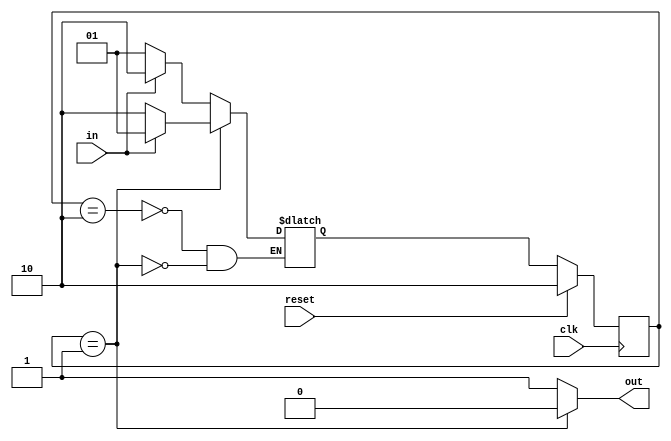
`timescale 1ns / 1ps
//////////////////////////////////////////////////////////////////////////////////
// Company: 
// Engineer: 
// 
// Design Name: 
// Module Name: fsm2_2
// Project Name: 
// Target Devices: 
// Tool Versions: 
// Description: 
// 
// Dependencies: 
// 
// Revision:
// Revision 0.01 - File Created
// Additional Comments:
// 
//////////////////////////////////////////////////////////////////////////////////



module fsm2_2(clk, reset, in, out);
    input  clk  ;
    input  reset;    // Synchronous reset to state B
    input  in   ;
    output out  ;//  
    reg    out  ;

    // Fill in state name declarations
    parameter A = 2'b01;
    parameter B = 2'b10;


    reg [1:0] present_state, next_state;
    
//
    always @(posedge clk) begin
        if (reset) begin  
            // Fill in reset logic
            present_state <= B;
        end 
        else begin
            present_state <= next_state;
        end
    end
//
        always @ (*)begin
            case(present_state)
                B:begin
                    if(in == 0)
                        next_state = A;
                    else
                        next_state = B;
                end
                A:begin
                    if(in == 0)
                        next_state = B;
                    else
                        next_state = A;
                end
            endcase
        end
//
          always @(*) begin
              if(present_state == A)
                  out = 0;
              else
                  out = 1;
       end
            
   
endmodule